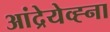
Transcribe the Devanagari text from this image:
आंद्रेयेव्ह्ना